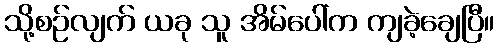
သို့စဉ်လျက် ယခု သူ အိမ်ပေါ်က ကျခဲ့ချေပြီ။